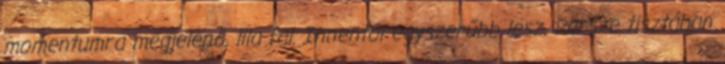
momentumra megjelenő, lila fal. Innentől egyszerűbb lesz. Persze tisztában